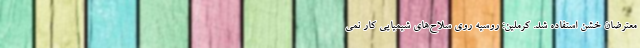
معترضان خشن استفاده شد. کرملین: روسیه روی سلاح‌های شیمیایی کار نمی